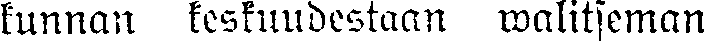
kunnan keskuudestaan walitseman